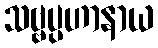
သဗ္ဗပ္ပဟာနာယ